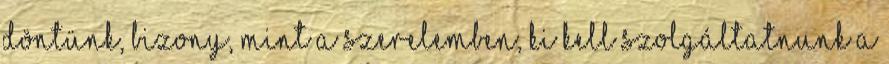
döntünk, bizony, mint a szerelemben, ki kell szolgáltatnunk a